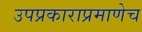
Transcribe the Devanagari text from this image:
उपप्रकाराप्रमाणेच